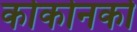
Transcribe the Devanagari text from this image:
कोकोनको